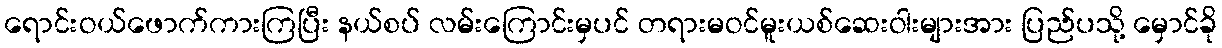
ရောင်းဝယ်ဖောက်ကားကြပြီး နယ်စပ် လမ်းကြောင်းမှပင် တရားမဝင်မူးယစ်ဆေးဝါးများအား ပြည်ပသို့ မှောင်ခို